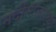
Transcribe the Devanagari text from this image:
नदीनाल्यांच्या